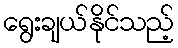
ရွေးချယ်နိုင်သည့်